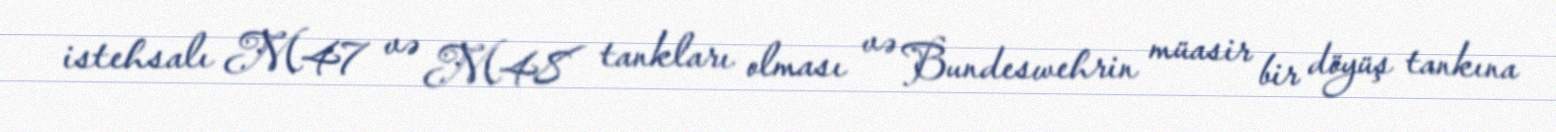
istehsalı M47 və M48 tankları olması və Bundeswehrin müasir bir döyüş tankına